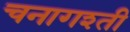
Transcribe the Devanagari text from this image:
चनागश्ती